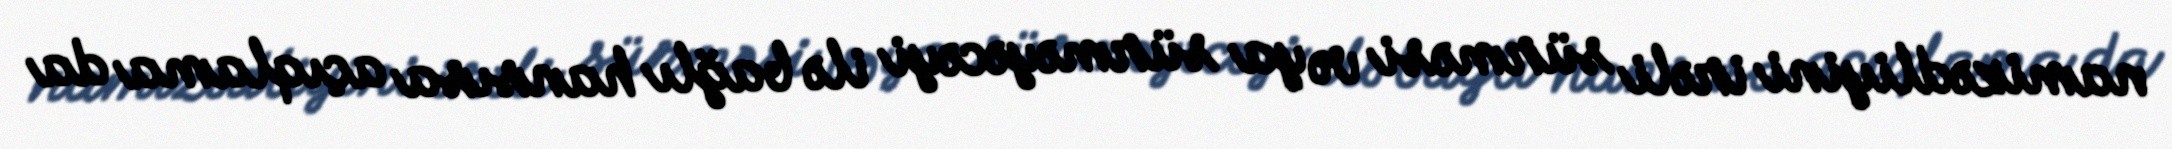
namizədliyini irəli sürməsi və ya sürməyəcəyi ilə bağlı hansısa açıqlama da